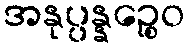
အနုပ္ပန္နဉ္စေဝ